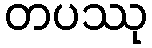
တပဿု